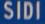
SIDI